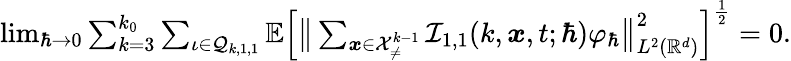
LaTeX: \begin{array}{r}{\operatorname*{lim}_{\hbar\rightarrow 0}\sum_{k=3}^{k_{0}}\sum_{\iota\in\mathcal{Q}_{k,1,1}}\mathbb{E}\Big[\big\lVert\sum_{\boldsymbol{x}\in\mathcal{X}_{\neq}^{k-1}}\mathcal{I}_{1,1}(k,\boldsymbol{x},t;\hbar)\varphi_{\hbar}\big\rVert_{L^{2}(\mathbb{R}^{d})}^{2}\Big]^{\frac{1}{2}}=0.}\end{array}